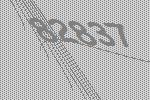
82837